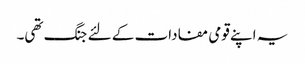
یہ اپنے قومی مفادات کے لئے جنگ تھی۔